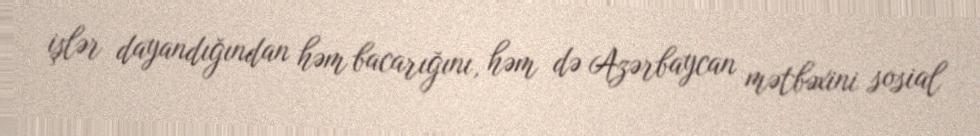
işlər dayandığından həm bacarığını, həm də Azərbaycan mətbəxini sosial